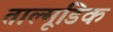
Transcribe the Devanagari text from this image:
ताल्मूडिक